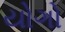
યોગો